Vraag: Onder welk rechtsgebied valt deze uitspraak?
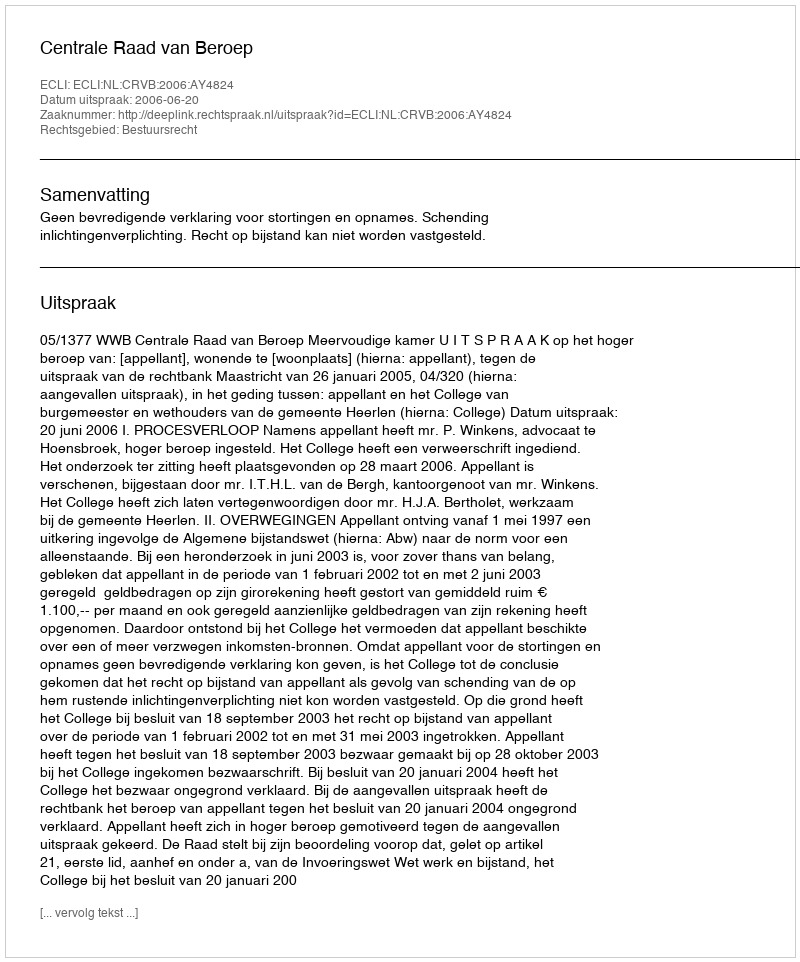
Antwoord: Bestuursrecht